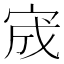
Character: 宬